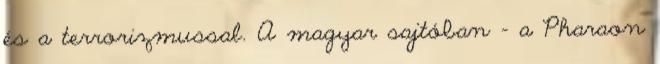
és a terrorizmussal. A magyar sajtóban – a Pharaon